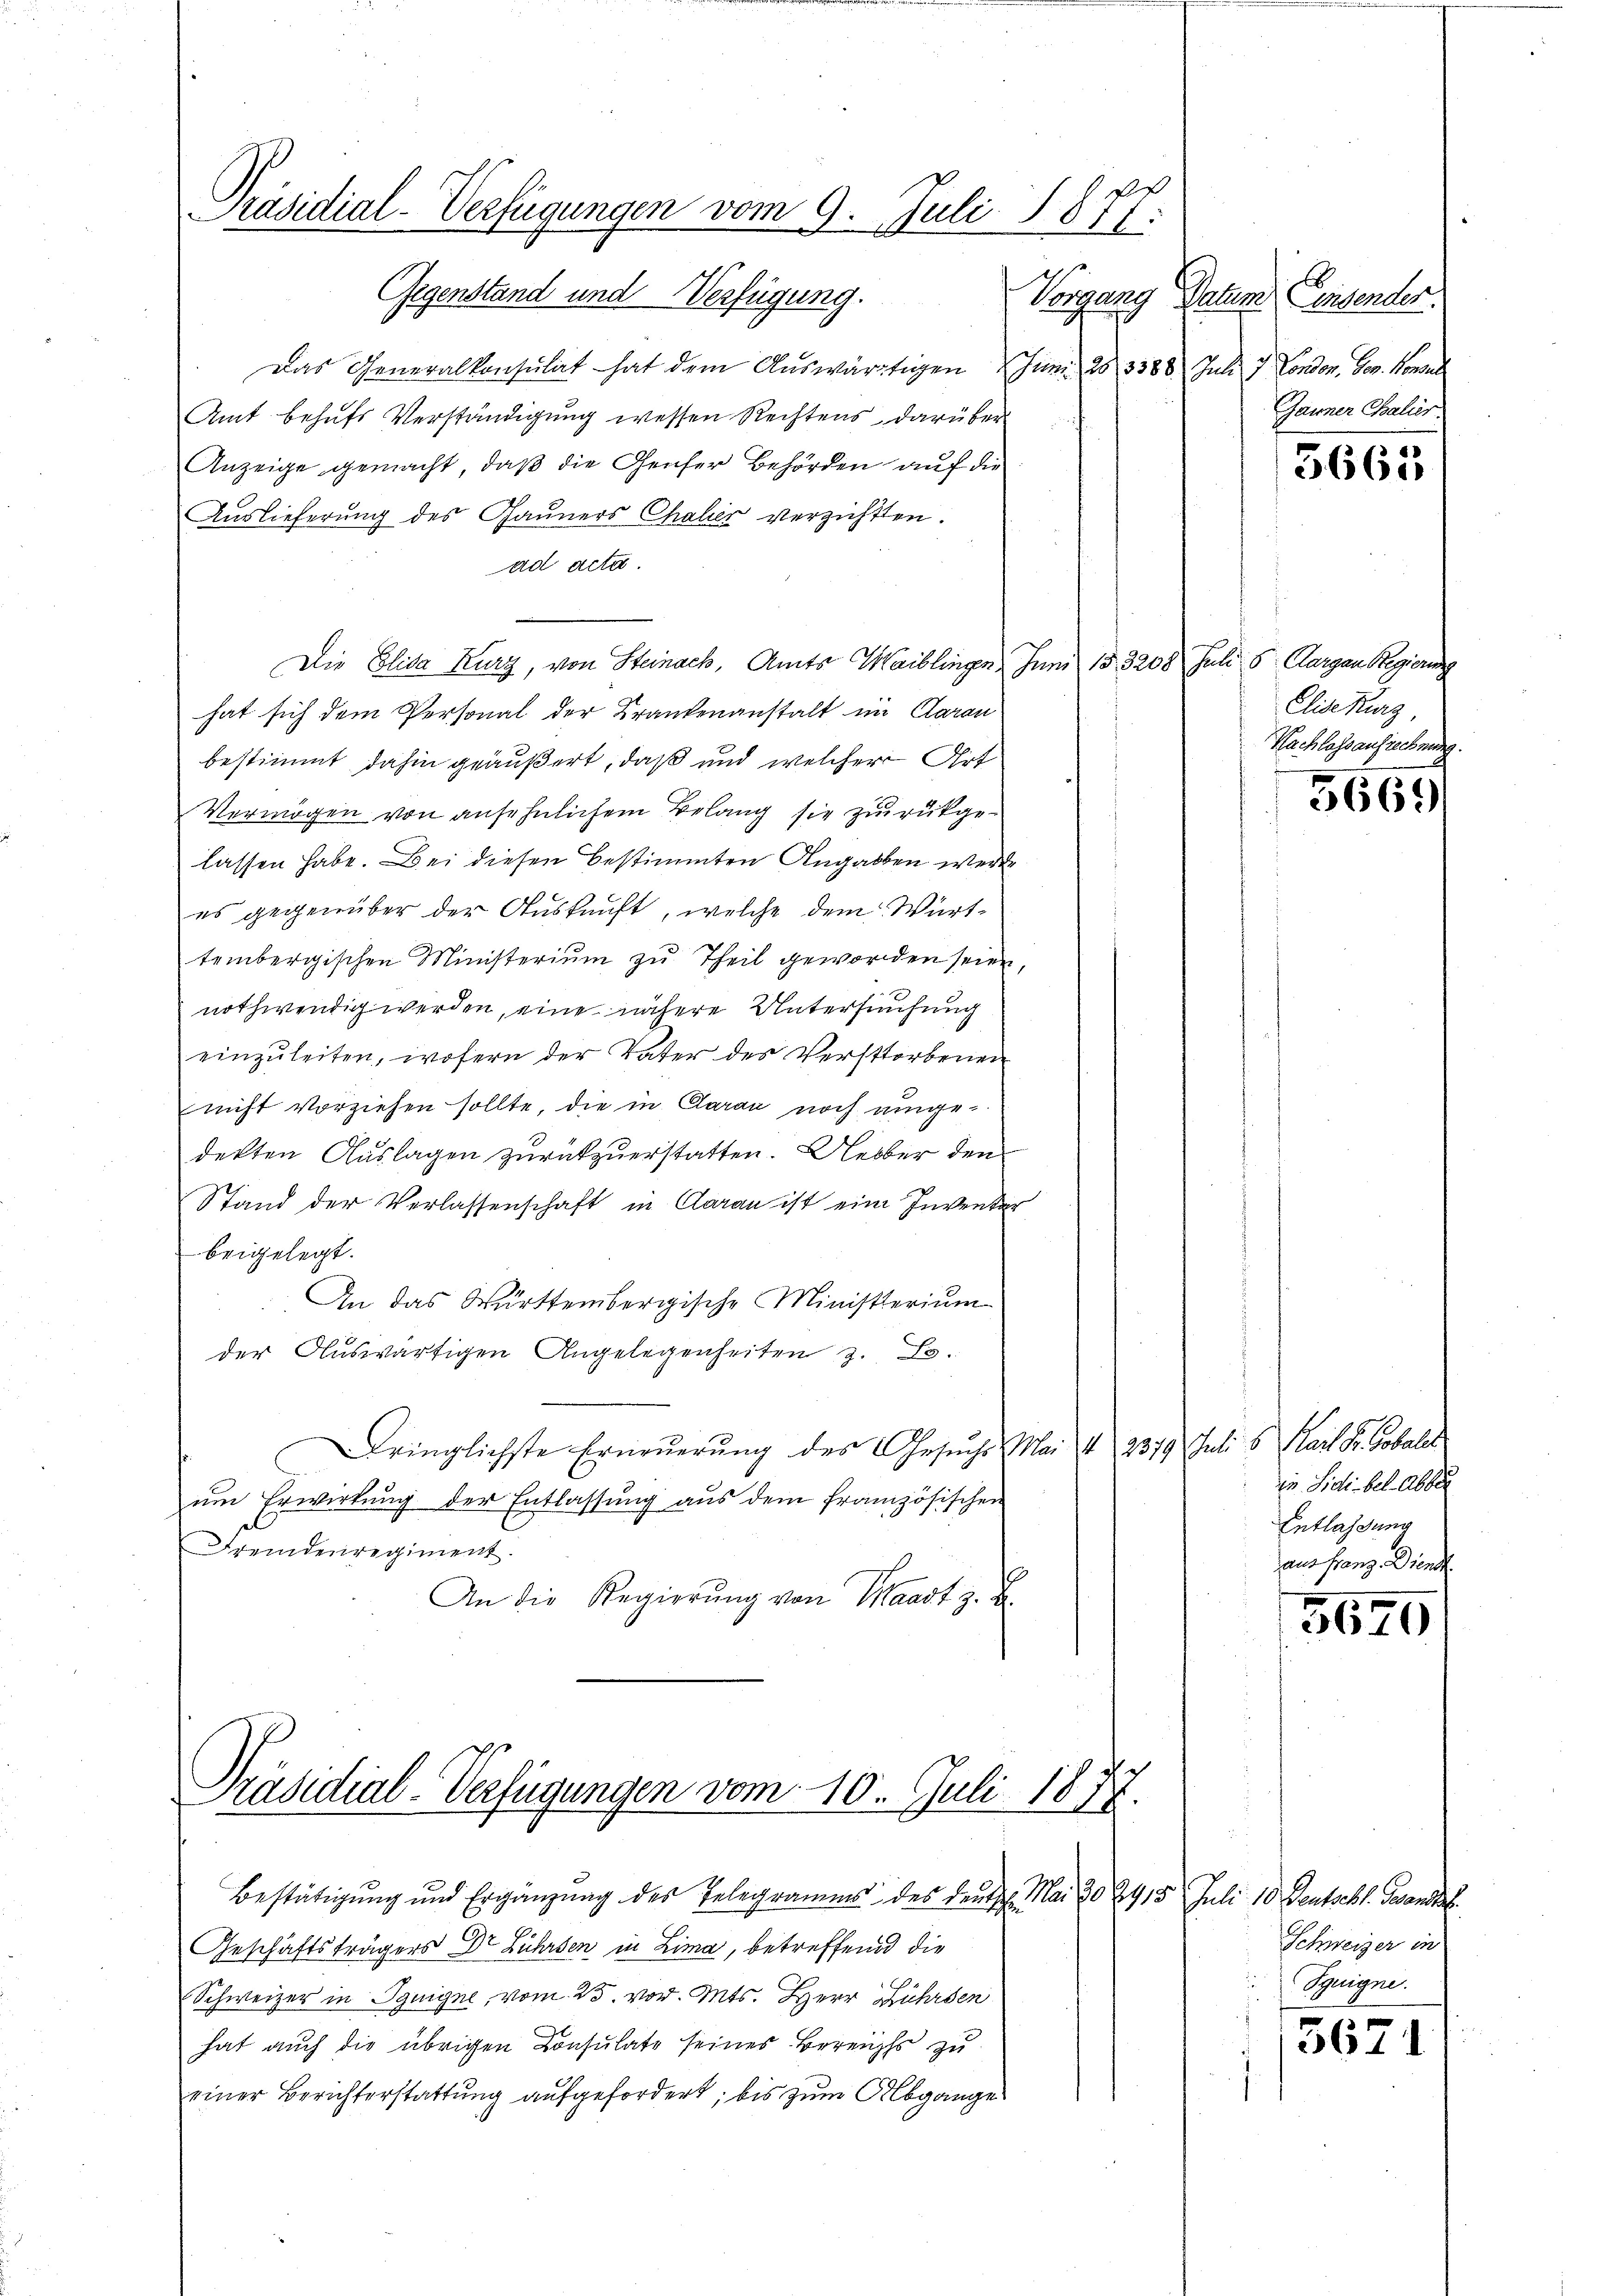
Präsidial-Verfügungen vom 9. Juli 1877.

Gegenstand und Verfügung.
Das Generalkonsulat hat dem Auswärtigen Juni 28. 3388 Juli 7 London, Ges. Konsul
Amt behufs Verständigung wessen Rechtens darüber
Anzeige gemacht, daß die Genfer Behörden auf die
Auslieferung des Gauners Chaler verzichten.
ad acta.
Die Elisa Kurz, von Steinach, Amts Waiblingen, Juni 153208 Juli 5. Aargau Regierung
hat sich dem Personal der Krankenanstalt im Aarau
bestimmt dahin geäußert, daß und welcher Ort
Vermögen von ansehnlichem Belang sie zurückgelassen habe. Bei diesen bestimmten Angaben werde
es gegenüber der Auskunft, welche dem Wärttembergischen Ministeriŭm zŭ Theil geworden seien.
nothwendig werden, eine nähere Untersuchung
einzuleiten, wofern der Vater des Verstorbenen
nicht vorziehen sollte, die in Caran noch ange-
dekten Auslagen zurückzuerstatten. Ueber den
Stand der Verlassenschaft in Aarau ist eine Inventar
beigelegt.
An das Württembergische Ministerium
der Auswärtigen Angelegenheiten z. B.
Dringlichste Erneŭerŭng des Gesŭche Mai & 2379 Juli 6 Karl Fr. Sobald
um Erwirkung der Entlassung aus dem französischen
Fremdenregiment.
An die Regierŭng von Waadt z. B.
Präsidial-Verfügungen vom 10. Juli 1877.
1
Bestätigŭng und Ergänzŭng des Telegramms des deute. Mai 20. 2415 Juli 10 Deutschl. Gesandt
Geschäftsträgers Dr Führsen in Lima, betreffend die
Schweizer in Szuigne, vom 25. vor. Mts. Herr Führen
hat auch die übrigen Consulate seines Bereichs zu
einer Berichterstattung aufgefordert, bis zum Abgange

Vorgang Datum Centender.
Gauner Chalier.

Elisehung,
Nachlassaufrechnung.

3661

5669

in. Sidibel abber
Entlassung
aus Franz. Dienst

3679

Schweizer in
Spigne.

3671